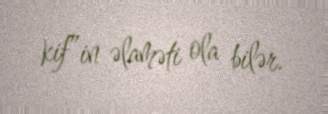
kif”in əlaməti ola bilər.